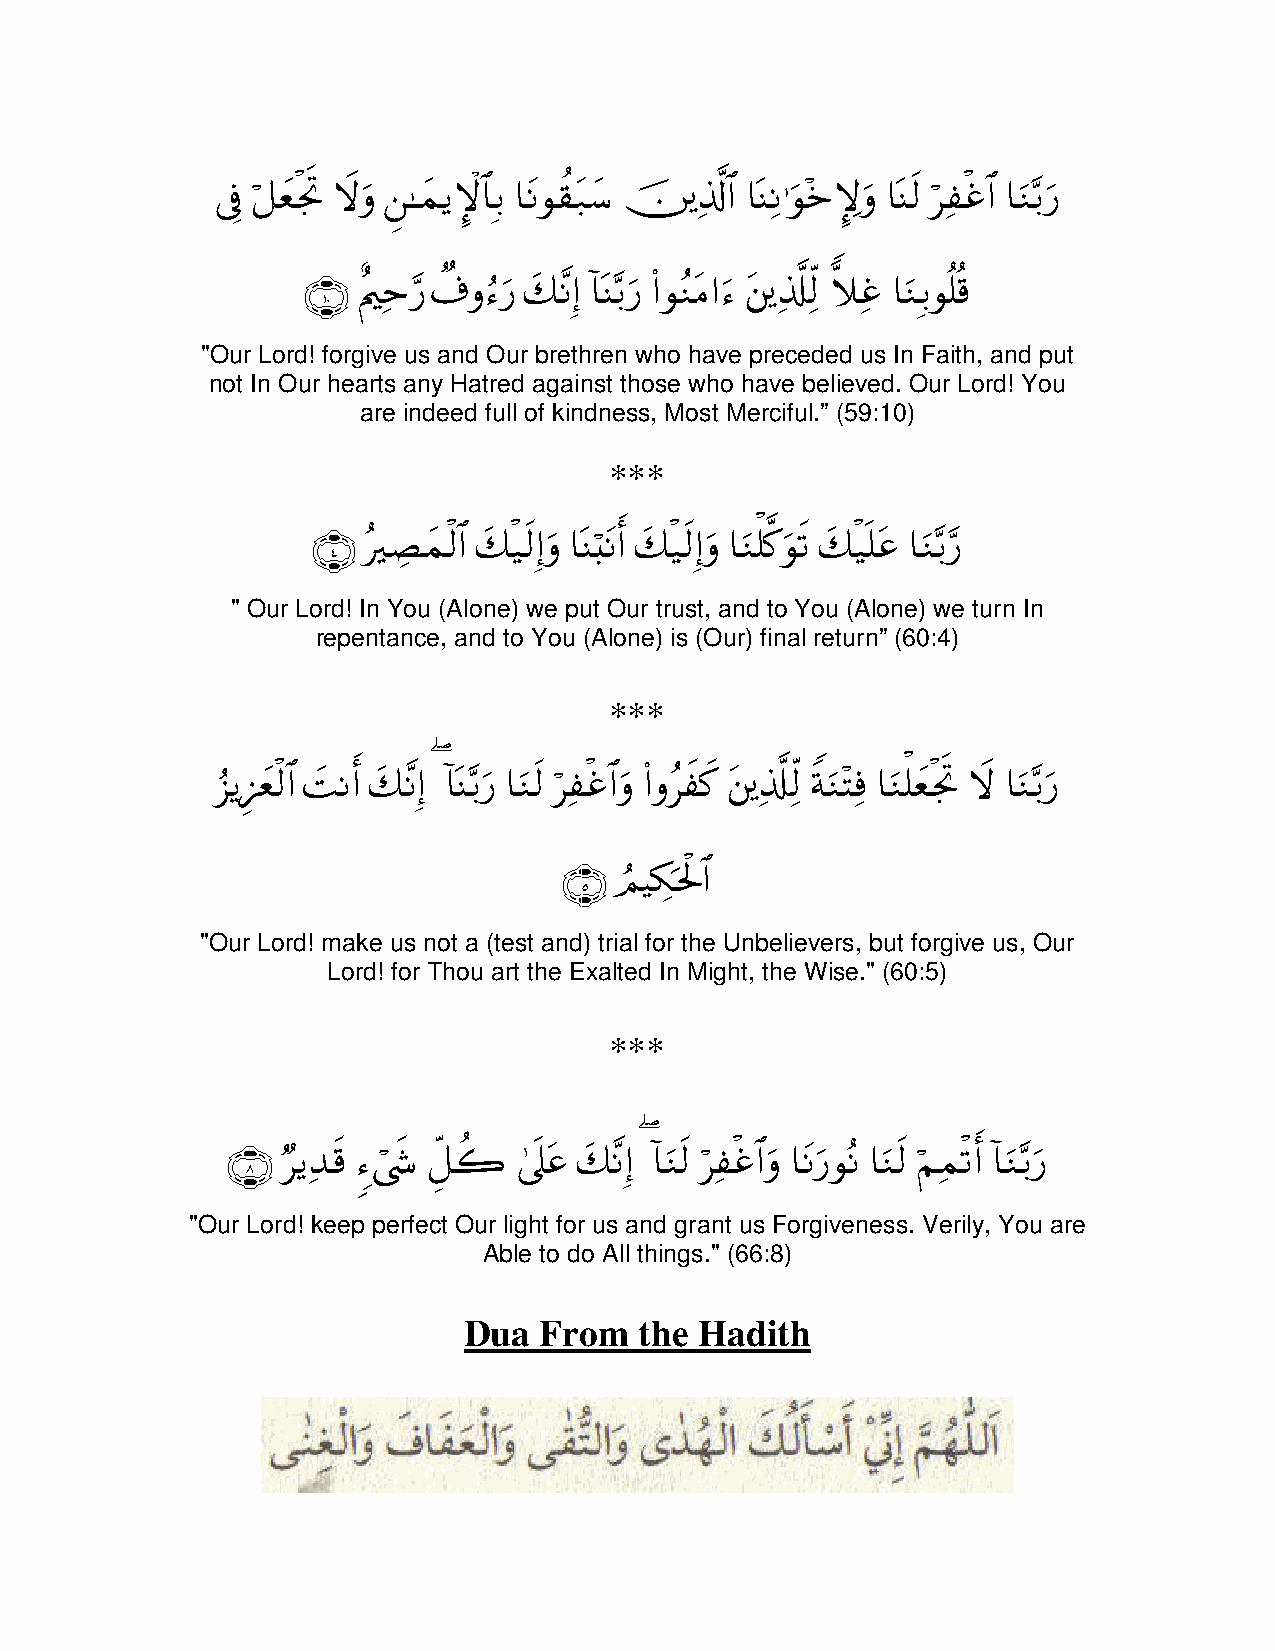
%!
 ’û ≅yègrB Ÿωuρ ≈yϑƒM}$$/ $tΡθ)t7y™ š $# $oΨΡ≡uθz\}uρ $oΨs9 "î$# $uΖ/u‘
 Î ö ø     Ç      Î   à        Ï ©  Ï ÷        ö Ï ø −
 %#
 ∩⊇⊃∪ Λm‘ ∃ρu‘ y7Ρ) !$oΨ/u‘ (#θΖtΒ#u t 9 ξî $uΖ/θ=%
 î Ï § Ô â    ¨ Î −   ã     Ï © Ïj y Ï Î è è
 "Our Lord! forgive us and Our brethren who have preceded us In Faith, and put
 not In Our hearts any Hatred against those who have believed. Our Lord! You
 are indeed full of kindness, Most Merciful.” (59:10)
 ***
 ∩⊆∪ Áyϑ9$# y7‹s9)uρ $oΨ;tΡr& y7‹s9)uρ $uΖ=.uθs? y7‹n=tã $uΖ/‘
 ç Å   ø   ø Î  ö    ø Î   ù ©    ø    − §
 " Our Lord! In You (Alone) we put Our trust, and to You (Alone) we turn In
 repentance, and to You (Alone) is (Our) final return” (60:4)
 ***
 %#
 “ƒ•yè9$# |MΡr& y7Ρ) !$oΨ/u‘ $uΖs9 "î$#uρ (#ρx"x. t 9 πuΖFù $uΖ=yègrB Ÿω $uΖ/u‘
 â Í ø        ¨ Î ( −   ö Ï ø  ã     Ï © Ïj Z ÷ Ï ù ø  −
 ∩∈∪ ΟŠ3pt:$#
 Þ Å ø
 "Our Lord! make us not a (test and) trial for the Unbelievers, but forgive us, Our
 Lord! for Thou art the Exalted In Might, the Wise." (60:5)
 ***
 ∩∇∪ ƒ‰s% x« ≅2  4’n?tã y7Ρ) !$uΖs9 "î$#uρ $tΡu‘θΡ $uΖs9 Νϑ?r& !$uΖ/u‘
 Ö Ï  & ó Èe à         ¨ Î ( ö Ï ø    ç    ö Ï ø  −
 "Our Lord! keep perfect Our light for us and grant us Forgiveness. Verily, You are
 Able to do All things." (66:8)
 Dua  From  the Hadith